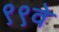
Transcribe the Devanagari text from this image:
९९वे